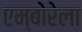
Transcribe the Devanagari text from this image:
एम्बोरेला